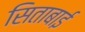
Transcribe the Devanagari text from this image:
सिताबाई